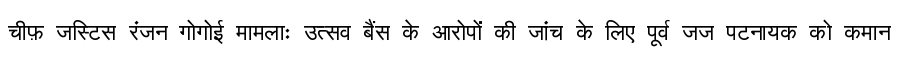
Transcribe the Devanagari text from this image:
चीफ़ जस्टिस रंजन गोगोई मामलाः उत्सव बैंस के आरोपों की जांच के लिए पूर्व जज पटनायक को कमान